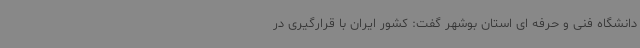
دانشگاه فنی و حرفه ای استان بوشهر گفت: کشور ایران با قرارگیری در